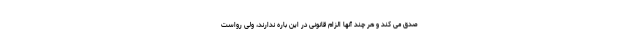
صدق می کند و هر چند آنها الزام قانونی در این باره ندارند، ولی رواست